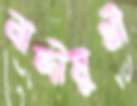
নান্দীমুখী